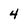
Character: 4